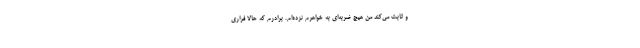
و ثابت می‌کند من هیچ ضربه‌ای به خواهرم نزده‌ام. برادرم که حالا فراری